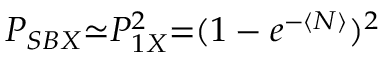
P _ { S B X } { \simeq } P _ { 1 X } ^ { 2 } { = } ( 1 - e ^ { - \langle N \rangle } ) ^ { 2 }